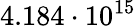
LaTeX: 4.184\cdot 10^{15}